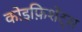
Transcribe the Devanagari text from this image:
कोइफ़िशेंट्स